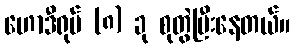
ဟောဒီရုပ် (၈) ခု စုတွဲပြီးနေတယ်။